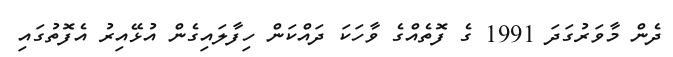
ދެން މާވަރުގަދަ 1991 ގެ ފޮތެއްގެ ވާހަކަ ދައްކަން ހިފާލައިގެން އުޅޭއިރު އެފޮތުގައި